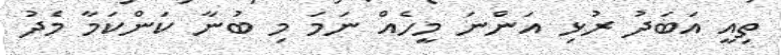
ތިއީ އަބަދު ރުޅި އަންނަ މީހެއް ނަމަ މި ބުނާ ކަންކަމާ މެދު